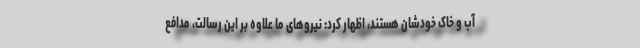
آب و خاک خودشان هستند، اظهار کرد: نیروهای ما علاوه بر این رسالت، مدافع